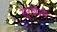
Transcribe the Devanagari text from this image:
सुरखेती